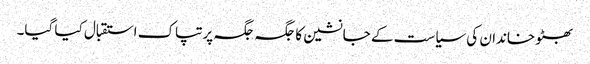
بھٹو خاندان کی سیاست کے جانشین کا جگہ جگہ پرتپاک استقبال کیا گیا۔